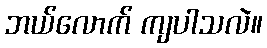
ဘယ်လောက် ကျပါသလဲ။